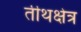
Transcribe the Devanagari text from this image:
तीथक्षेत्र